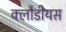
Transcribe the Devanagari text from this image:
क्लौडीयस